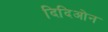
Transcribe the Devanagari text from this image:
दिदिओन